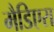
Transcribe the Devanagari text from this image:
मैडिएरा